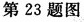
第 23 题图